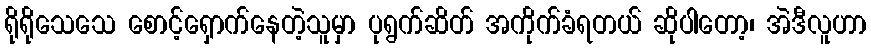
ရိုရိုသေသေ စောင့်ရှောက်နေတဲ့သူမှာ ပုရွက်ဆိတ် အကိုက်ခံရတယ် ဆိုပါတော့၊ အဲဒီလူဟာ